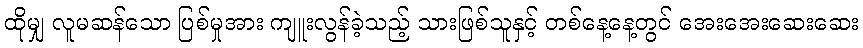
ထိုမျှ လူမဆန်သော ပြစ်မှုအား ကျူးလွန်ခဲ့သည့် သားဖြစ်သူနှင့် တစ်နေ့နေ့တွင် အေးအေးဆေးဆေး